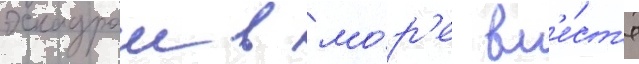
эскадрои в мо́р'е вм'е́ст'е